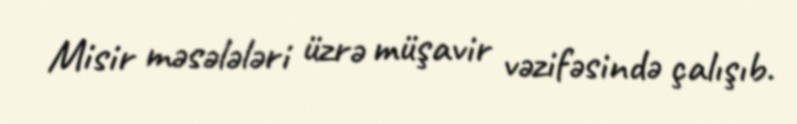
Misir məsələləri üzrə müşavir vəzifəsində çalışıb.